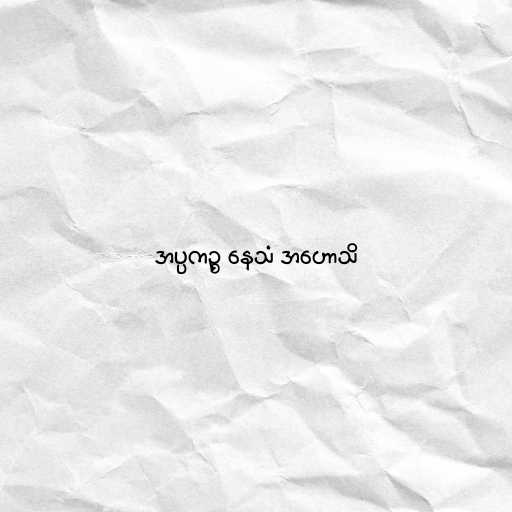
အပ္ပကဉ္စ နေသံ အဟောသိ